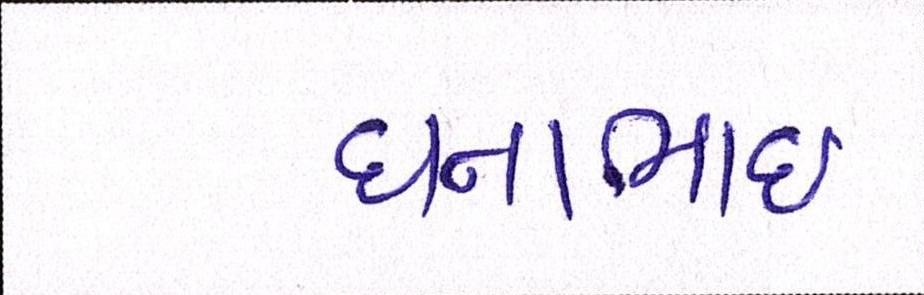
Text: ધનાભાઇ